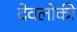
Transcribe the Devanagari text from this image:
देवलोकी